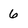
Character: 6